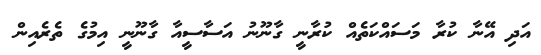
އަދި އޭނާ ކުރާ މަސައްކަތެއް ކުރާނީ ގާނޫނު އަސާސީއާ ގާނޫނީ އިމުގެ ތެރެއިން